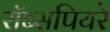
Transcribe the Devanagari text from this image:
रॉब्सपियरे